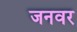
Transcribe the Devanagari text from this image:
जनवर